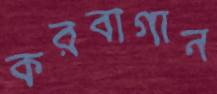
করবাগান